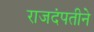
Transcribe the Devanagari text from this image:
राजदंपतीने